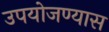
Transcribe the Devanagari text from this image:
उपयोजण्यास